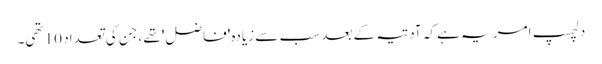
دلچسپ امر یہ ہے کہ آدتیہ کے بعد سب سے زیادہ 'فاضل' تھے، جن کی تعداد 10 تھی۔